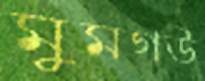
মুমগউ